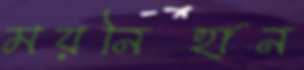
ময়নিহান